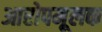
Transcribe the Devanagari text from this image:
आरोपमूलक